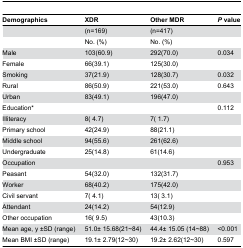
| Demographics | XDR | Other MDR | P value |
 | --- | --- | --- | --- |
 |  | (n=169) | (n=417) |  |
 |  | No. (%) | No. (%) |  |
 | Male | 103(60.9) | 292(70.0) | 0.034 |
 | Female | 66(39.1) | 125(30.0) |  |
 | Smoking | 37(21.9) | 128(30.7) | 0.032 |
 | Rural | 86(50.9) | 221(53.0) | 0.643 |
 | Urban | 83(49.1) | 196(47.0) |  |
 | Education* |  |  | 0.112 |
 | Illiteracy | 8( 4.7) | 7( 1.7) |  |
 | Primary school | 42(24.9) | 88(21.1) |  |
 | Middle school | 94(55.6) | 261(62.6) |  |
 | Undergraduate | 25(14.8) | 61(14.6) |  |
 | Occupation |  |  | 0.953 |
 | Peasant | 54(32.0) | 132(31.7) |  |
 | Worker | 68(40.2) | 175(42.0) |  |
 | Civil servant | 7( 4.1) | 13( 3.1) |  |
 | Attendant | 24(14.2) | 54(12.9) |  |
 | Other occupation | 16( 9.5) | 43(10.3) |  |
 | Mean age, y ±SD (range) | 51.0± 15.68(21~84) | 44.4± 15.05 (14~88) | <0.001 |
 | Mean BMI ±SD (range) | 19.1± 2.79(12~30) | 19.2± 2.62(12~30) | 0.597 |